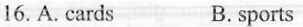
16.A. cards B.sports